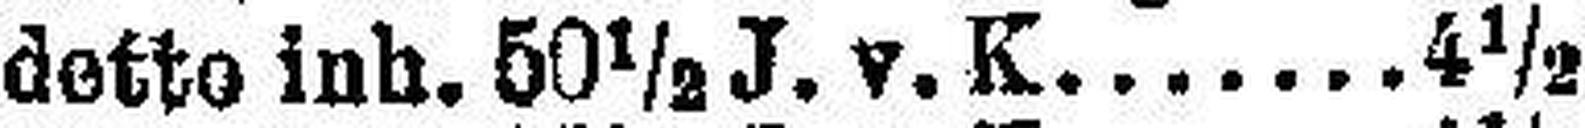
detto inh. 50½ J. v. K. 4½